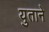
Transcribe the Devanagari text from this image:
युताने